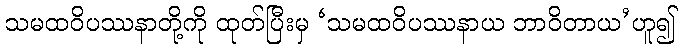
သမထဝိပဿနာတို့ကို ထုတ်ပြီးမှ ‘သမထဝိပဿနာယ ဘာဝိတာယ’ဟူ၍